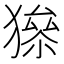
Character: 𤡅